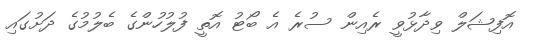
އޮފިޝަލް ވިދާޅުވީ ރެއިން ސުރެ އެ ބޯޓު އޮތީ ފުލުހުންގެ ބެލުމުގެ ދަށުގައި